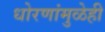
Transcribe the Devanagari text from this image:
धोरणांमुळेही